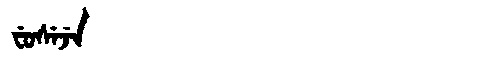
Manchu: ᠸᡠᠰᡝᠵᡝ
Romanization: FUSEJE